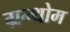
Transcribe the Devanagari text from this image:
ग्रन्थोम